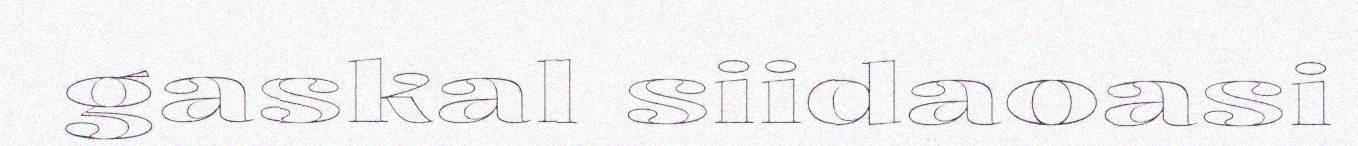
gaskal siidaoasi